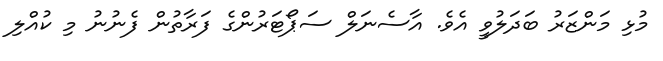
މުޅި މަންޒަރު ބަދަލުވީ އެވެ. އާސެނަލް ސަޕޯޓަރުންގެ ފަރާތުން ފެނުނު މި ކުއްލި